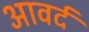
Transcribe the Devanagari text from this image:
आवर्द